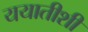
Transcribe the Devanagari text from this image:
ययातीशी